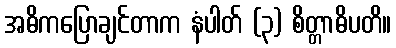
အဓိကပြောချင်တာက နံပါတ် (၃) စိတ္တာဓိပတိ။